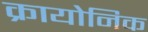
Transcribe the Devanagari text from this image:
क्रायोनिक